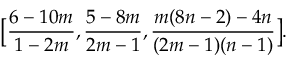
\big [ \frac { 6 - 1 0 m } { 1 - 2 m } , \frac { 5 - 8 m } { 2 m - 1 } , \frac { m ( 8 n - 2 ) - 4 n } { ( 2 m - 1 ) ( n - 1 ) } \big ] .